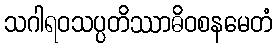
သဂါရဝသပ္ပတိဿာဓိဝစနမေတံ